Report of the Imperial Institute of Veterinary Research, Muktesar
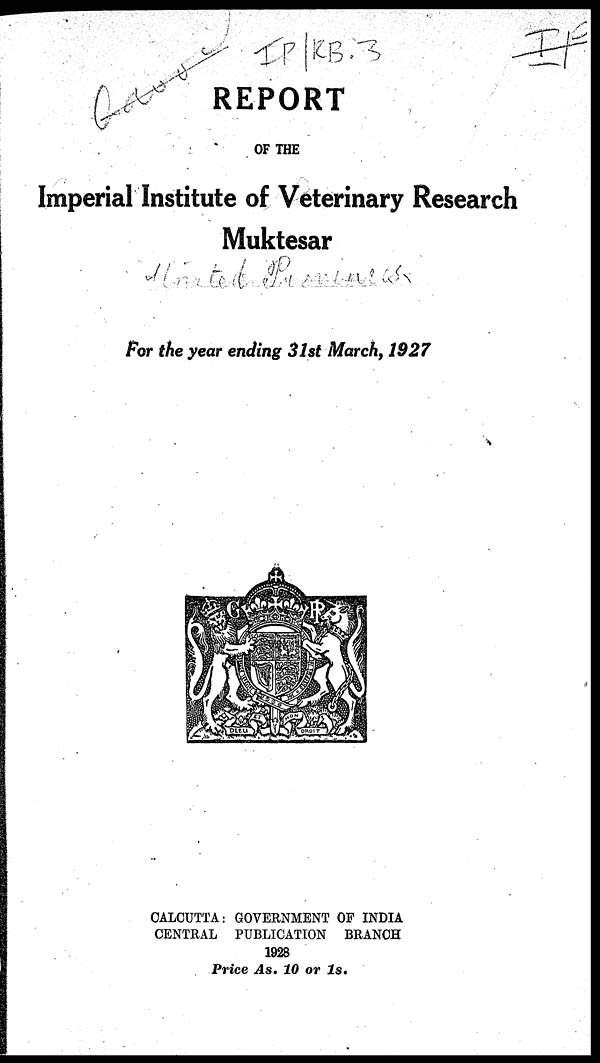
REPORT
OF THE
Imperial Institute of Veterinary Research
Muktesar
For the year ending 31st March, 1927
CALCUTTA : GOVERNMENT OF INDIA
CENTRAL PUBLICATION BRANCH
1928
Price As. 10 or 1s.